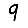
Digit: 9